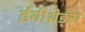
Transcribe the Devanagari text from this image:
ईवीथ्रेड्स